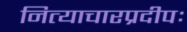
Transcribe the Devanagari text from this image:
नित्याचारप्रदीपः